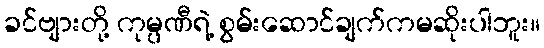
ခင်ဗျားတို့ ကုမ္ပဏီရဲ့ စွမ်းဆောင်ချက်ကမဆိုးပါဘူး။